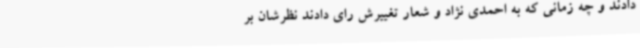
دادند و چه زمانی که به احمدی نژاد و شعار تغییرش رای دادند نظرشان بر